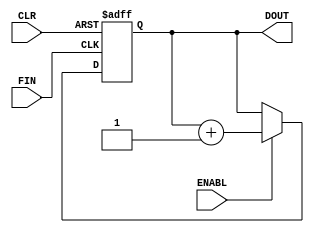
module COUNTER32B (FIN, ENABL, CLR, DOUT);
   input         FIN;
   input         CLR;
   input         ENABL;
   output [31:0] DOUT;
   reg [31:0]    CQI;
   always @(posedge FIN or posedge CLR )
      if (CLR == 1'b1)
         CQI <= {32{1'b0}};
      else
      begin
         if (ENABL == 1'b1)
            CQI <= CQI + 1;
      end
   assign DOUT = CQI;
endmodule